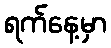
ရက်နေ့မှာ